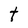
Character: T